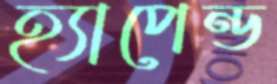
হ্যাপেন্ড